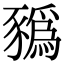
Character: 𧲄